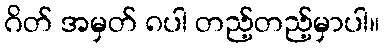
ဂိတ် အမှတ် ၈ပါ တည့်တည့်မှာပါ။